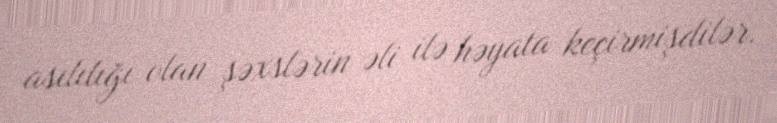
asılılığı olan şəxslərin əli ilə həyata keçirmişdilər.